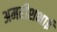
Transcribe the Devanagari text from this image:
अमरीशभाई